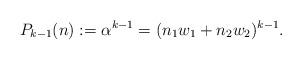
LaTeX: \begin{align*} P_{k-1}(n) := \alpha^{k-1} =(n_1 w_1 + n_2 w_2)^{k-1}.\end{align*}